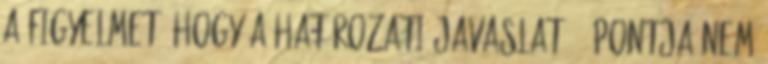
a figyelmet, hogy a határozati javaslat 2. pontja nem